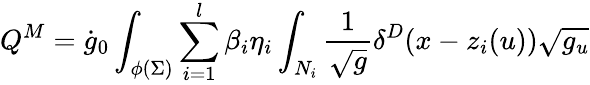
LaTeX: Q^{M}=\dot{g}_{0}\int_{\phi(\Sigma)}\sum_{i=1}^{l}\beta_{i}\eta_{i}\int_{N_{i}}\frac 1{\sqrt{g}}\delta^{D}(x-z_{i}(u))\sqrt{g_{u}}